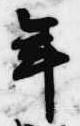
年